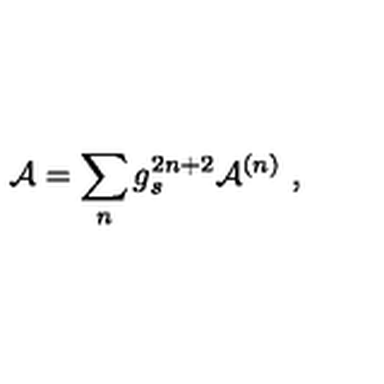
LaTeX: { \cal A } = \sum _ { n } g _ { s } ^ { 2 n + 2 } { \cal A } ^ { ( n ) } \ ,